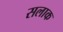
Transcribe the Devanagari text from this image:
सलाक